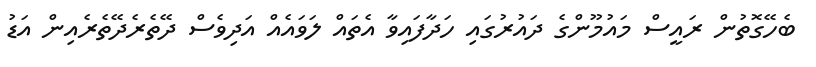
ބެހޭގޮތުން ރައީސް މައުމޫންގެ ދައުރުގައި ހަދާފައިވާ އެތައް ލަވައެއް އަދިވެސް ދޭތެރެދޭތެރެއިން އަޑު